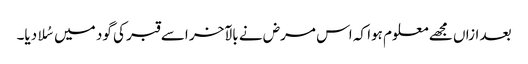
بعد ازاں مجھے معلوم ہوا کہ اس مرض نے بالآخر اسے قبر کی گود میں سُلا دیا۔